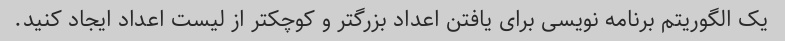
یک الگوریتم برنامه نویسی برای یافتن اعداد بزرگتر و کوچکتر از لیست اعداد ایجاد کنید.